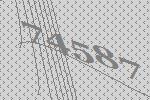
74587